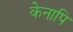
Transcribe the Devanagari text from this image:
केनापि